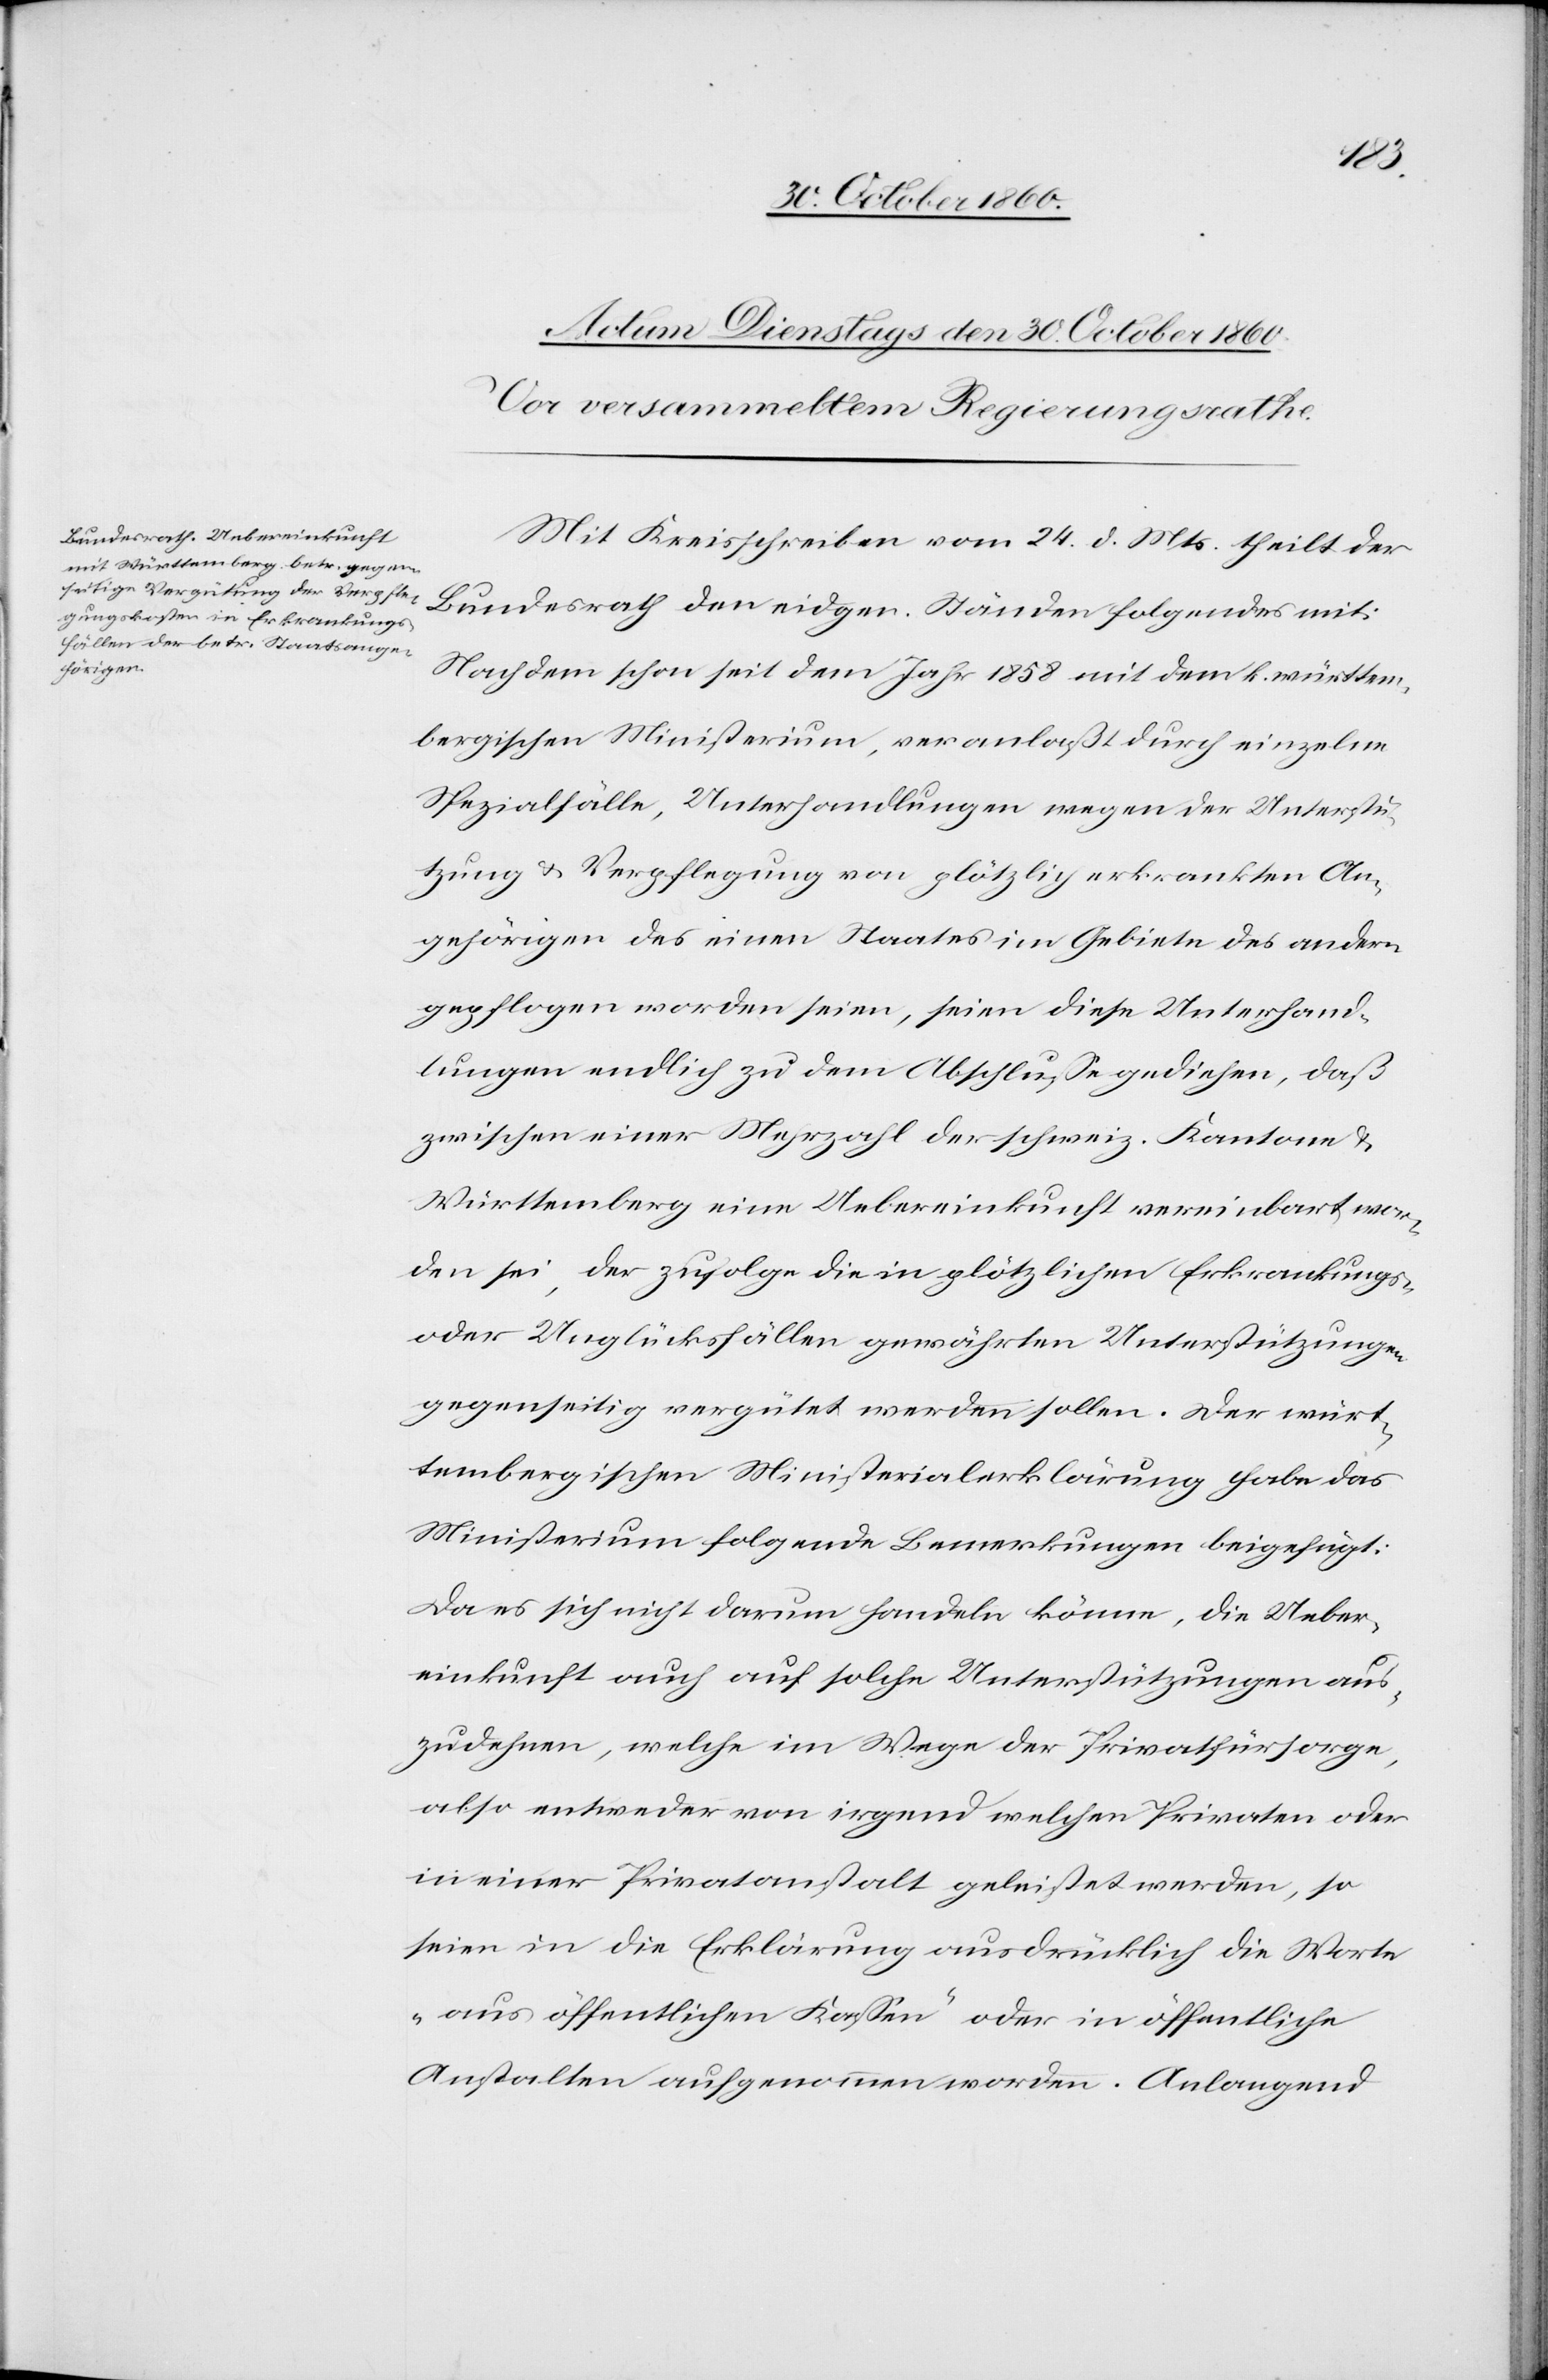
Mit Kreisschreiben vom 24. d. Mts. theilt der
Bundesrath den eidgen. Ständen folgendes mit:
Nachdem schon seit dem Jahr 1858 mit dem k. württem¬
bergischen Ministerium, veranlaßt durch einzelne
Spezialfälle, Unterhandlungen wegen der Unterstü¬
tzung u. Verpflegung von plötzlich erkrankten An¬
gehörigen des einen Staates im Gebiete des andern
gepflogen worden seien, seien diese Unterhand¬
lungen endlich zu dem Abschlusse gediehen, daß
zwischen einer Mehrzahl der schweiz. Kantone u.
Württemberg eine Uebereinkunft vereinbart wor¬
den sei, der zufolge die in plötzlichen Erkrankungs-
oder Unglücksfällen gewährten Unterstützungen
gegenseitig vergütet werden sollen. Der würt¬
tembergischen Ministerialerklärung habe das
Ministerium folgende Bemerkungen beigefügt:
Da es sich nicht darum handeln könne, die Ueber¬
einkunft auch auf solche Unterstützungen aus¬
zudehnen, welche im Wege der Privatfürsorge,
also entweder von irgend welchen Privaten oder
in einer Privatanstalt geleistet werden, so
seien in die Erklärung ausdrücklich die Worte
„aus öffentlichen Kassen“ oder in öffentliche
Anstalten aufgenommen worden. Anlangend